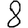
Digit: 8